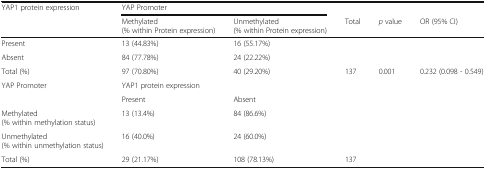
| <ROWSPAN=2> YAP1 protein expression | <COLSPAN=2> YAP Promoter |  |  |  |
 | Methylated (% within Protein expression) | Unmethylated (% within Protein expression) | Total | p value | OR (95% CI) |
 | --- | --- | --- | --- | --- | --- |
 | Present | 13 (44.83%) | 16 (55.17%) |  |  |  |
 | Absent | 84 (77.78%) | 24 (22.22%) |  |  |  |
 | Total (%) | 97 (70.80%) | 40 (29.20%) | 137 | 0.001 | 0.232 (0.098 - 0.549) |
 | <ROWSPAN=2> YAP Promoter | <COLSPAN=2> YAP1 protein expression |  |  |  |
 | Present | Absent |  |  |  |
 | Methylated (% within methylation status) | 13 (13.4%) | 84 (86.6%) |  |  |  |
 | Unmethylated (% within unmethylation status) | 16 (40.0%) | 24 (60.0%) |  |  |  |
 | Total (%) | 29 (21.17%) | 108 (78.13%) | 137 |  |  |